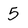
Character: 5